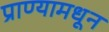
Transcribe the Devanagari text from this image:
प्राण्यामधून